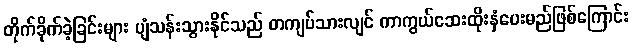
တိုက်ခိုက်ခဲ့ခြင်းများ ပျံသန်းသွားနိုင်သည် တကျပ်သားလျင် ကာကွယ်ဆေးထိုးနှံပေးမည်ဖြစ်ကြောင်း